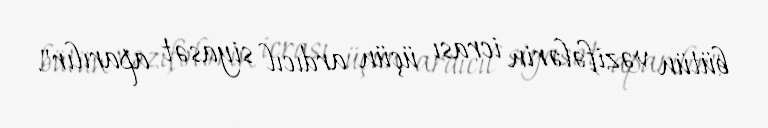
bütün vəzifələrin icrası üçün ardıcıl siyasət aparılır".